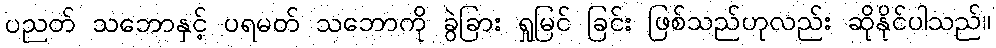
ပညတ် သဘောနှင့် ပရမတ် သဘောကို ခွဲခြား ရှုမြင် ခြင်း ဖြစ်သည်ဟုလည်း ဆိုနိုင်ပါသည်။